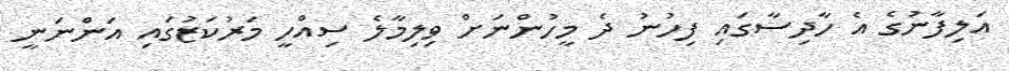
އަލިފާނުގެ އެ ހާދިސާގައި ފިހުނު ދެ މީހުންނަށް ވިލިމާލެ ސިއްހީ މަރުކަޒުގައި އަންނަނީ